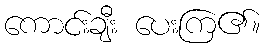
ကောင်းချီး ပေးကြ၏။